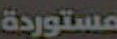
مستوردة